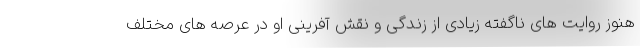
هنوز روایت های ناگفته زیادی از زندگی و نقش آفرینی او در عرصه های مختلف